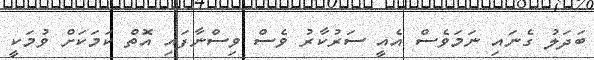
ބަދަލު ގެނައި ނަމަވެސް އެއީ ސަރުކާރު ވެސް ވިސްނާފައި އޮތް ކަމަކަށް ވުމަކީ